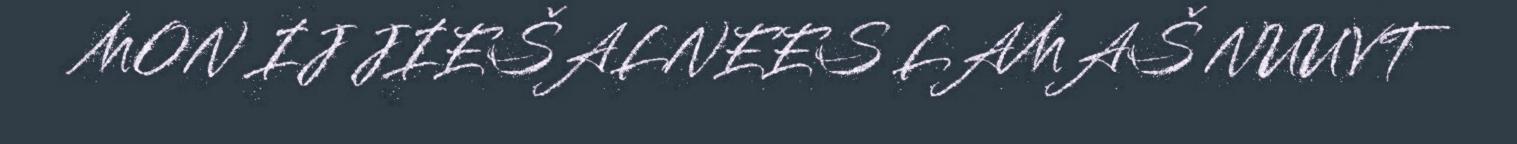
MON IJ JIEŠALNEES LAMAŠ NUUVT